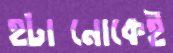
হটানোকেই